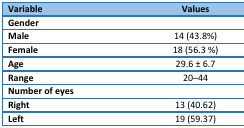
| Variable | Values |
 | --- | --- |
 | Gender |  |
 | Male | 14 (43.8%) |
 | Female | 18 (56.3 %) |
 | Age | 29.6 ± 6.7 |
 | Range | 20–44 |
 | Number of eyes |  |
 | Right | 13 (40.62) |
 | Left | 19 (59.37) |